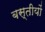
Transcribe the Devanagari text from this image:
बस्तीयों